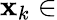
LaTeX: {\textbf{x}}_{k}\in